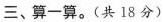
三、算一算。(共18分)